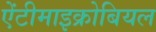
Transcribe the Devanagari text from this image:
ऐंटीमाइक्रोबियल